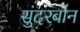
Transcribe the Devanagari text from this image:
सुंदरबोन